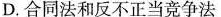
D.合同法和反不正当竞争法